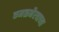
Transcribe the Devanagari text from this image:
कमळभैरवाच्या